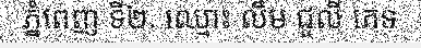
ភ្នំពេញ ទី២. ឈ្មោះ លឹម ជូលី ភេទ